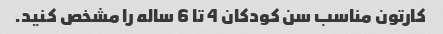
کارتون مناسب سن کودکان 4 تا 6 ساله را مشخص کنید.